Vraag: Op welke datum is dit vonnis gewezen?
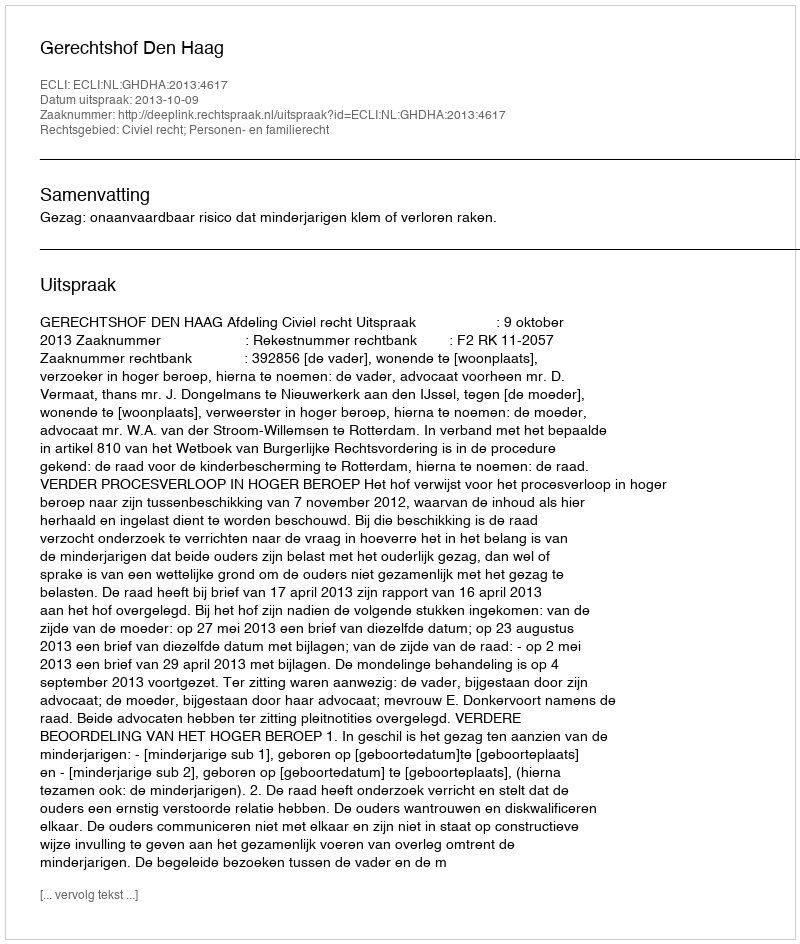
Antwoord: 2013-10-09